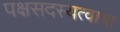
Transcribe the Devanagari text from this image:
पक्षसदस्यत्वाचा